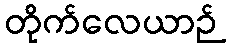
တိုက်လေယာဉ်